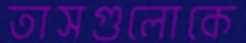
তাসগুলোকে